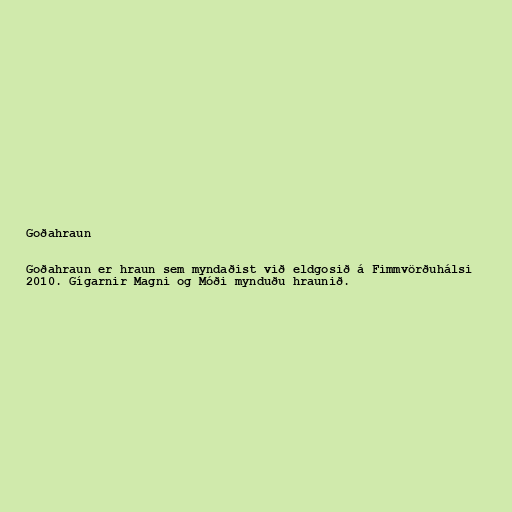
Goðahraun

Goðahraun er hraun sem myndaðist við eldgosið á Fimmvörðuhálsi
2010. Gígarnir Magni og Móði mynduðu hraunið.